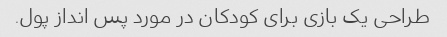
طراحی یک بازی برای کودکان در مورد پس انداز پول.